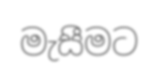
මැසීමට